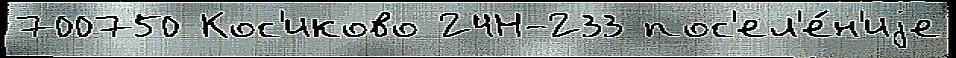
700750 Кос'иково 24Н-233 пос'ел'е́н'иjе